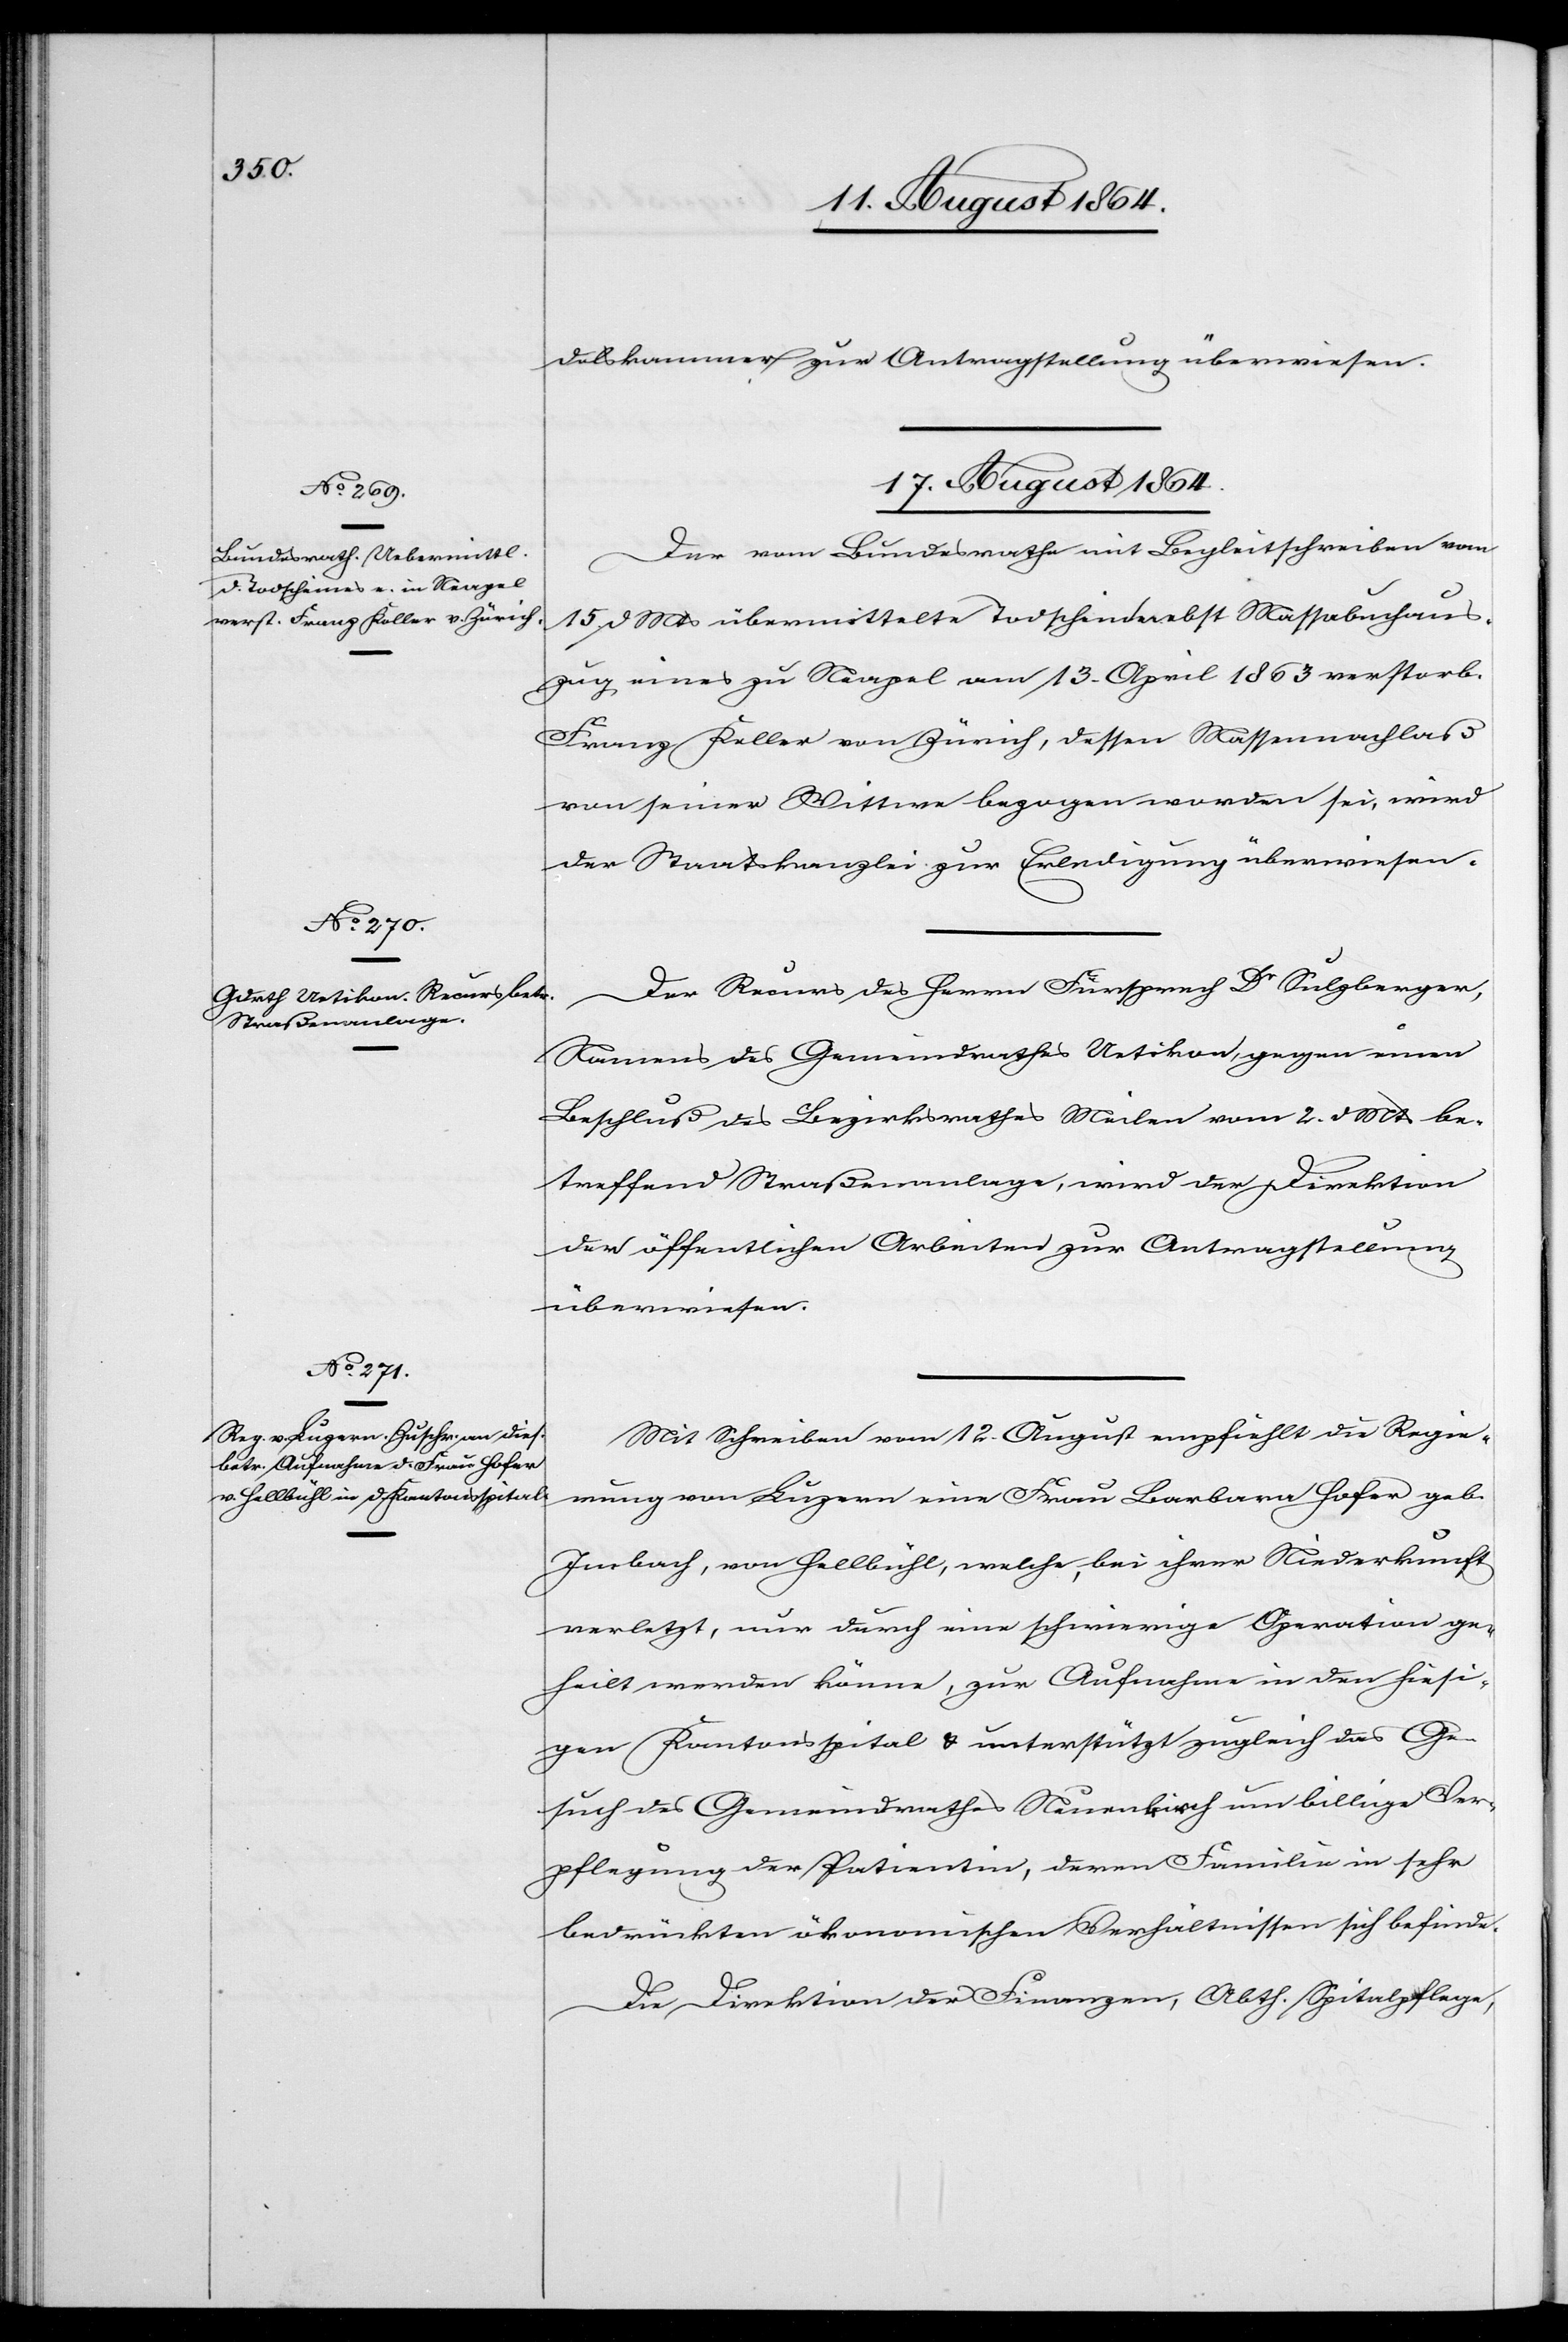
delskommission zur Antragstellung überwiesen.
17. August 1864.]
Der vom Bundesrathe mit Begleitschreiben vom
15. d. Mts. übermittelte Todschein nebst Massabuchaus¬
zug eines zu Neapel am 13. April 1863 verstorbenen
Franz Keller von Zürich, dessen Massennachlaß
von seiner Wittwe bezogen worden sei, wird
der Staatskanzlei zur Erledigung überwiesen.
Der Recurs des Herrn Fürsprech Dr Sulzberger,
Namens des Gemeindrathes Uetikon, gegen einen
Beschluß des Bezirksrathes Meilen vom 2. d. Mts. be¬
treffend Straßenanlage, wird der Direktion
der öffentlichen Arbeiten zur Antragstellung
überwiesen.
Mit Schreiben vom 12. August empfiehlt die Regie¬
rung von Luzern eine Frau Barbara Hofer geb.
Imbach, von Hellbühl, welche, bei ihrer Niederkunft
verletzt, nur durch eine schwierige Operation ge¬
heilt werden könne, zur Aufnahme in den hiesi¬
gen Kantonsspital & unterstützt zugleich das Ge¬
such des Gemeindrathes Neuenkirch um billige Ver¬
pflegung des Patienten, deren Familie in sehr
bedrückten ökonomischen Verhältnissen sich befinde.
Die Direktion der Finanzen, Abtheilung Spitalpflege,